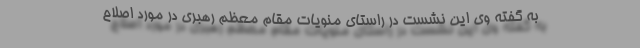
به گفته وی این نشست در راستای منویات مقام معظم رهبری در مورد اصلاح